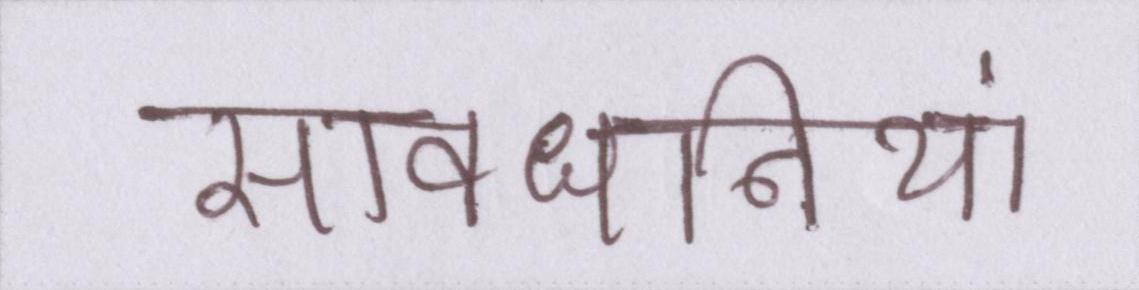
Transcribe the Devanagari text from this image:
सावधानियां